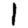
Digit: 1